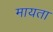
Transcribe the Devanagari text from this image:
मायता